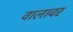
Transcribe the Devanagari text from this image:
वालावर